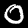
Digit: 0